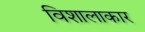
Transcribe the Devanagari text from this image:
विशालाकार